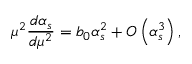
\mu ^ { 2 } { \frac { d \alpha _ { s } } { d \mu ^ { 2 } } } = b _ { 0 } \alpha _ { s } ^ { 2 } + { \cal O } \left( \alpha _ { s } ^ { 3 } \right) ,